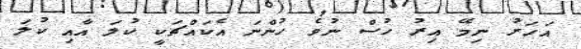
އަހަރު ނިމޭ އިރު ހުސް ނުވެ ހުންނަ އެކައްޗަކީ ކުލަ އާއި ކުލަ